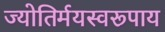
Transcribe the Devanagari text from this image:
ज्योतिर्मयस्वरूपाय